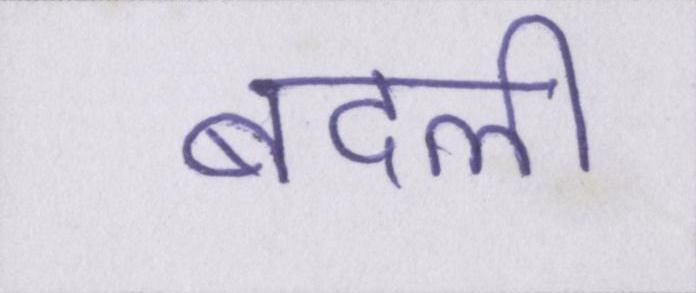
बदली